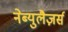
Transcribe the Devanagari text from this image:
नेब्युलैज़र्स